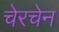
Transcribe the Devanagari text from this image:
चेरचेन